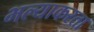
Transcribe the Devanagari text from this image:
भल्याकरता